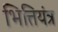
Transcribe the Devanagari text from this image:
भित्तियंत्र